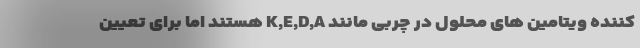
کننده ویتامین های محلول در چربی مانند K,E,D,A هستند اما برای تعیین